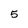
Character: 5